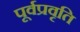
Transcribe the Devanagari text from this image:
पूर्वप्रवृति